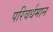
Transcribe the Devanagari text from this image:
परिवर्धमान